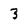
Character: 3